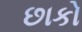
છાકો